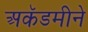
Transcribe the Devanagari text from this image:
अकॅडमीने